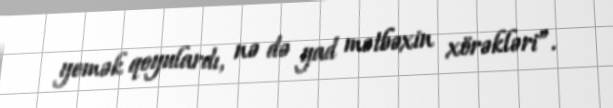
yemək qoyulardı, nə də yad mətbəxin xörəkləri”.